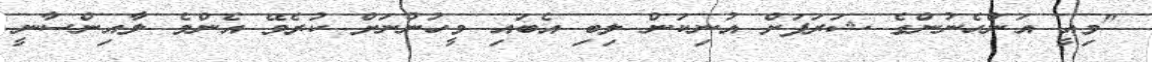
"މިއީ އަންހެނުންގެ ޝަރަފަށް އުނިކަން ލިބި އެބައި މީހުންނަށް ކުރެވޭ އެންމެ ލާއިންސާނީ